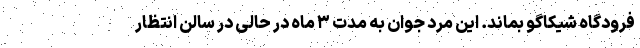
فرودگاه شیکاگو بماند. این مرد جوان به مدت ۳ ماه در حالی در سالن انتظار